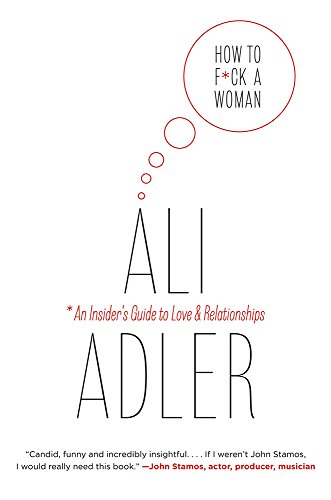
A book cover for How to F*ck a Woman; Ali Adler; Humor & Entertainment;